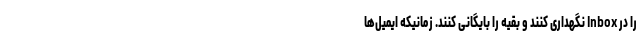
را در Inbox نگهداری کنند و بقیه را بایگانی کنند. زمانیکه ایمیل‌ها